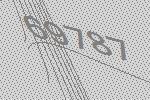
69787